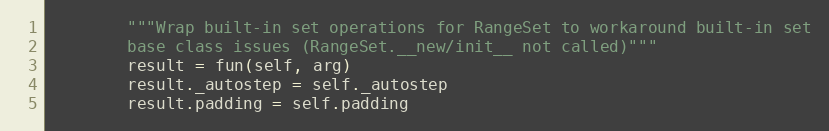
Language: Python
        """Wrap built-in set operations for RangeSet to workaround built-in set
        base class issues (RangeSet.__new/init__ not called)"""
        result = fun(self, arg)
        result._autostep = self._autostep
        result.padding = self.padding